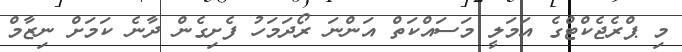
މި ޕްރެޖެކްޓްގެ އަމަލީ މަސައްކަތް އަންނަ ރޯދަމަހު ފެށިގެން ދާނެ ކަމަށް ނިޒާމް